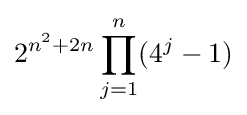
2^{n^{2}+2n}\prod _{j=1}^{n}(4^{j}-1)